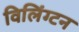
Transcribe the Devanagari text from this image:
विलिंग्टन